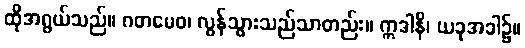
ထိုအရွယ်သည်။ ဂတမေဝ၊ လွန်သွားသည်သာတည်း။ ဣဒါနိ၊ ယခုအခါ၌။